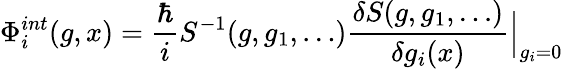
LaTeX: \Phi_{i}^{int}(g,x)={\frac{\hbar}{i}}S^{-1}(g,g_{1},\ldots)\frac{\delta S(g,g_{1},\ldots)}{\delta g_{i}(x)}\Big|_{g_{i}=0}